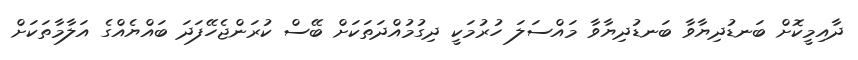
ދާއިމީކޮށް ބަނޑުދިޔާވާ ބަނޑުދިޔާވާ މައްސަލަ ހުރުމަކީ ދިގުމުއްދަތަކަށް ބޭސް ކުރަންޖެހޭފަދަ ބައްޔެއްގެ އަލާމާތަކަށް